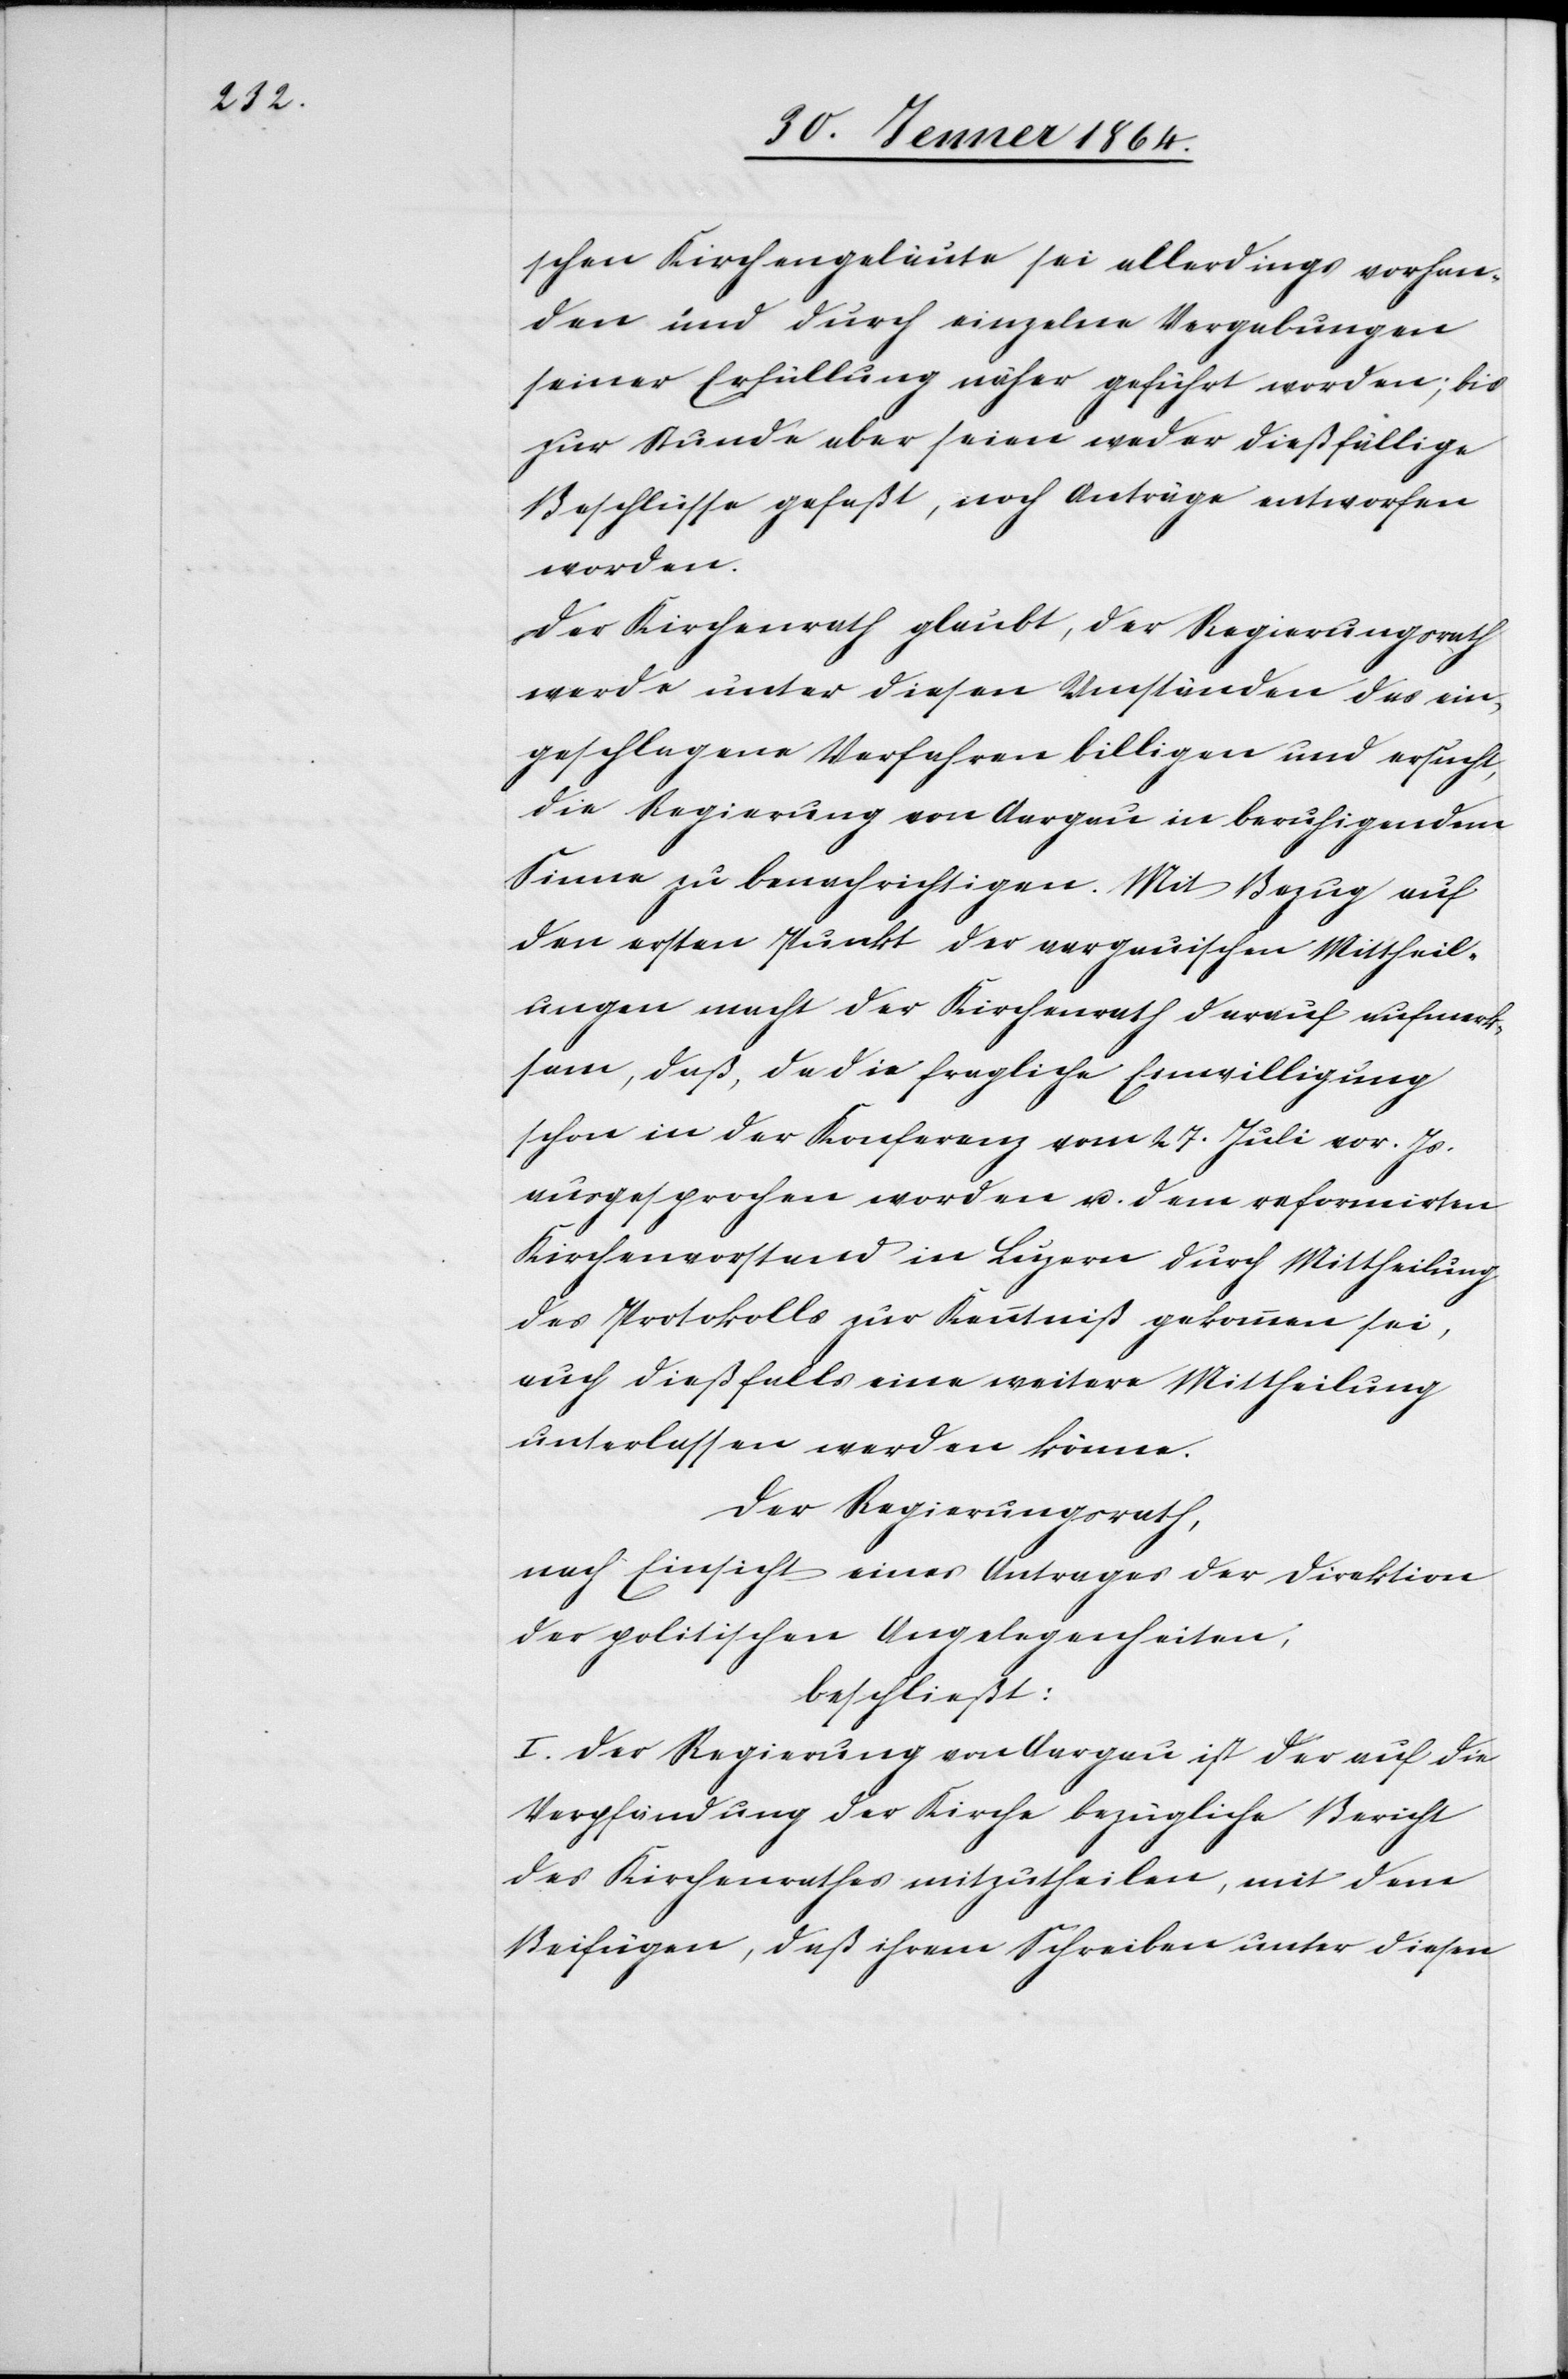
schen Kirchengeläute sei allerdings vorhan¬
den und durch einzelne Vergabungen
seiner Erfüllung näher geführt worden; bis
zur Stunde aber seien weder dießfällige
Beschlüsse gefaßt, noch Anträge entworfen
worden.
Der Kirchenrath glaubt, der Regierungsrath
werde unter diesen Umständen das ein¬
geschlagene Verfahren billigen und ersucht
die Regierung von Aargau in beruhigendem
Sinne zu benachrichtigen. Mit Bezug auf
den ersten Punkt der aargauischen Mittheil¬
ungen macht der Kirchenrath darauf aufmerk¬
sam, daß, da die fragliche Einwilligung
schon in der Konferenz vom 27. Juli vor. Js.
ausgesprochen worden u. dem reformirten
Kirchenvorstand in Luzern durch Mittheilung
des Protokolls zur Kenntniß gekommen sei,
auch dießfalls eine weitere Mittheilung
unterlassen werden könne.
Der Regierungsrath,
nach Einsicht eines Antrages der Direktion
der politischen Angelegenheiten,
beschließt:
I. Der Regierung von Aargau ist der auf die
Verpfändung der Kirche bezügliche Bericht
des Kirchenrathes mitzutheilen, mit dem
Beifügen, daß ihrem Schreiben unter diesen